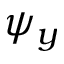
\psi _ { y }